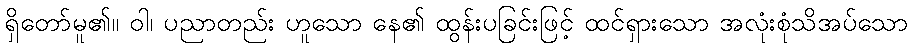
ရှိတော်မူ၏။ ဝါ၊ ပညာတည်း ဟူသော နေ၏ ထွန်းပခြင်းဖြင့် ထင်ရှားသော အလုံးစုံသိအပ်သော